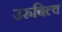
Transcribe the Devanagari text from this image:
उरुबिल्व